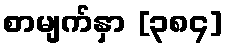
စာမျက်နှာ [၃၈၄]